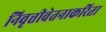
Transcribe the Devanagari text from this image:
निवृत्तीवेतनाकरिता